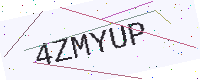
Text: 4ZMYUP